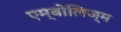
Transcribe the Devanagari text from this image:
एम्बोलिज्म